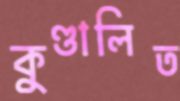
কুণ্ডালিত